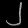
Digit: ၂